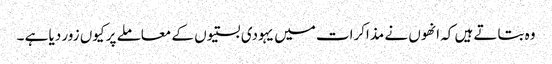
وہ بتاتے ہیں کہ انھوں نے مذاکرات میں یہودی بستیوں کے معاملے پر کیوں زور دیا ہے ۔